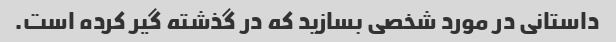
داستانی در مورد شخصی بسازید که در گذشته گیر کرده است.